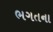
ભગતના